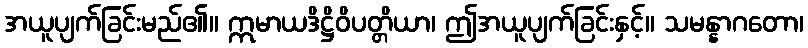
အယူပျက်ခြင်းမည်၏။ ဣမာယဒိဋ္ဌိဝိပတ္တိယာ၊ ဤအယူပျက်ခြင်းနှင့်။ သမန္နာဂတော၊